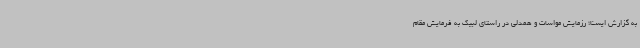
به گزارش ایسنا؛ رزمایش مواسات و همدلی در راستای لبیک به فرمایش مقام